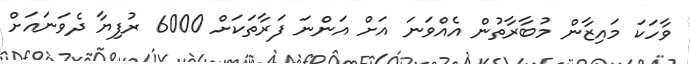
ވާހަކަ މައިޒާން މުބާރާތުން އެއްވަނަ އަށް އަންނަ ފަރާތަކަށް 6000 ރުފިޔާ ދެވަނައަށް